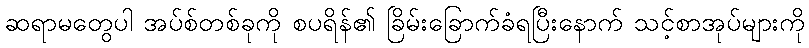
ဆရာမတွေပါ အပ်စ်တစ်ခုကို စပရိန်၏ ခြိမ်းခြောက်ခံရပြီးနောက် သင့်စာအုပ်များကို